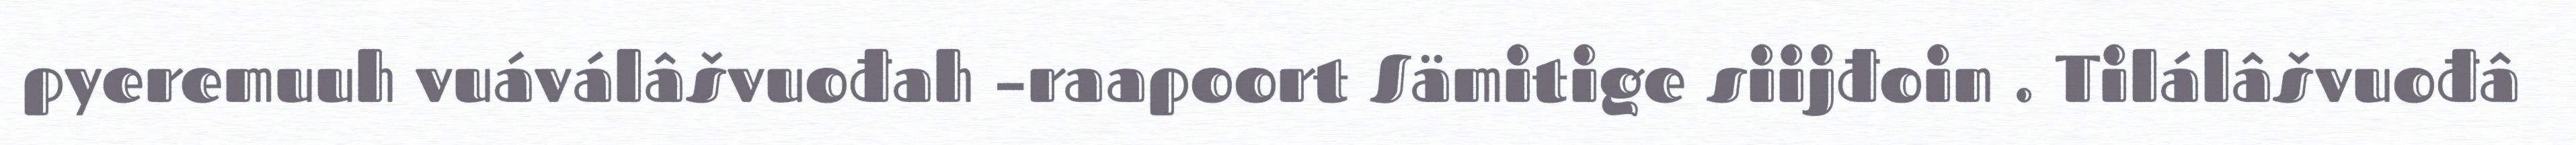
pyeremuuh vuáválâšvuođah –raapoort Sämitige siijđoin . Tilálâšvuođâ